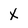
Character: x